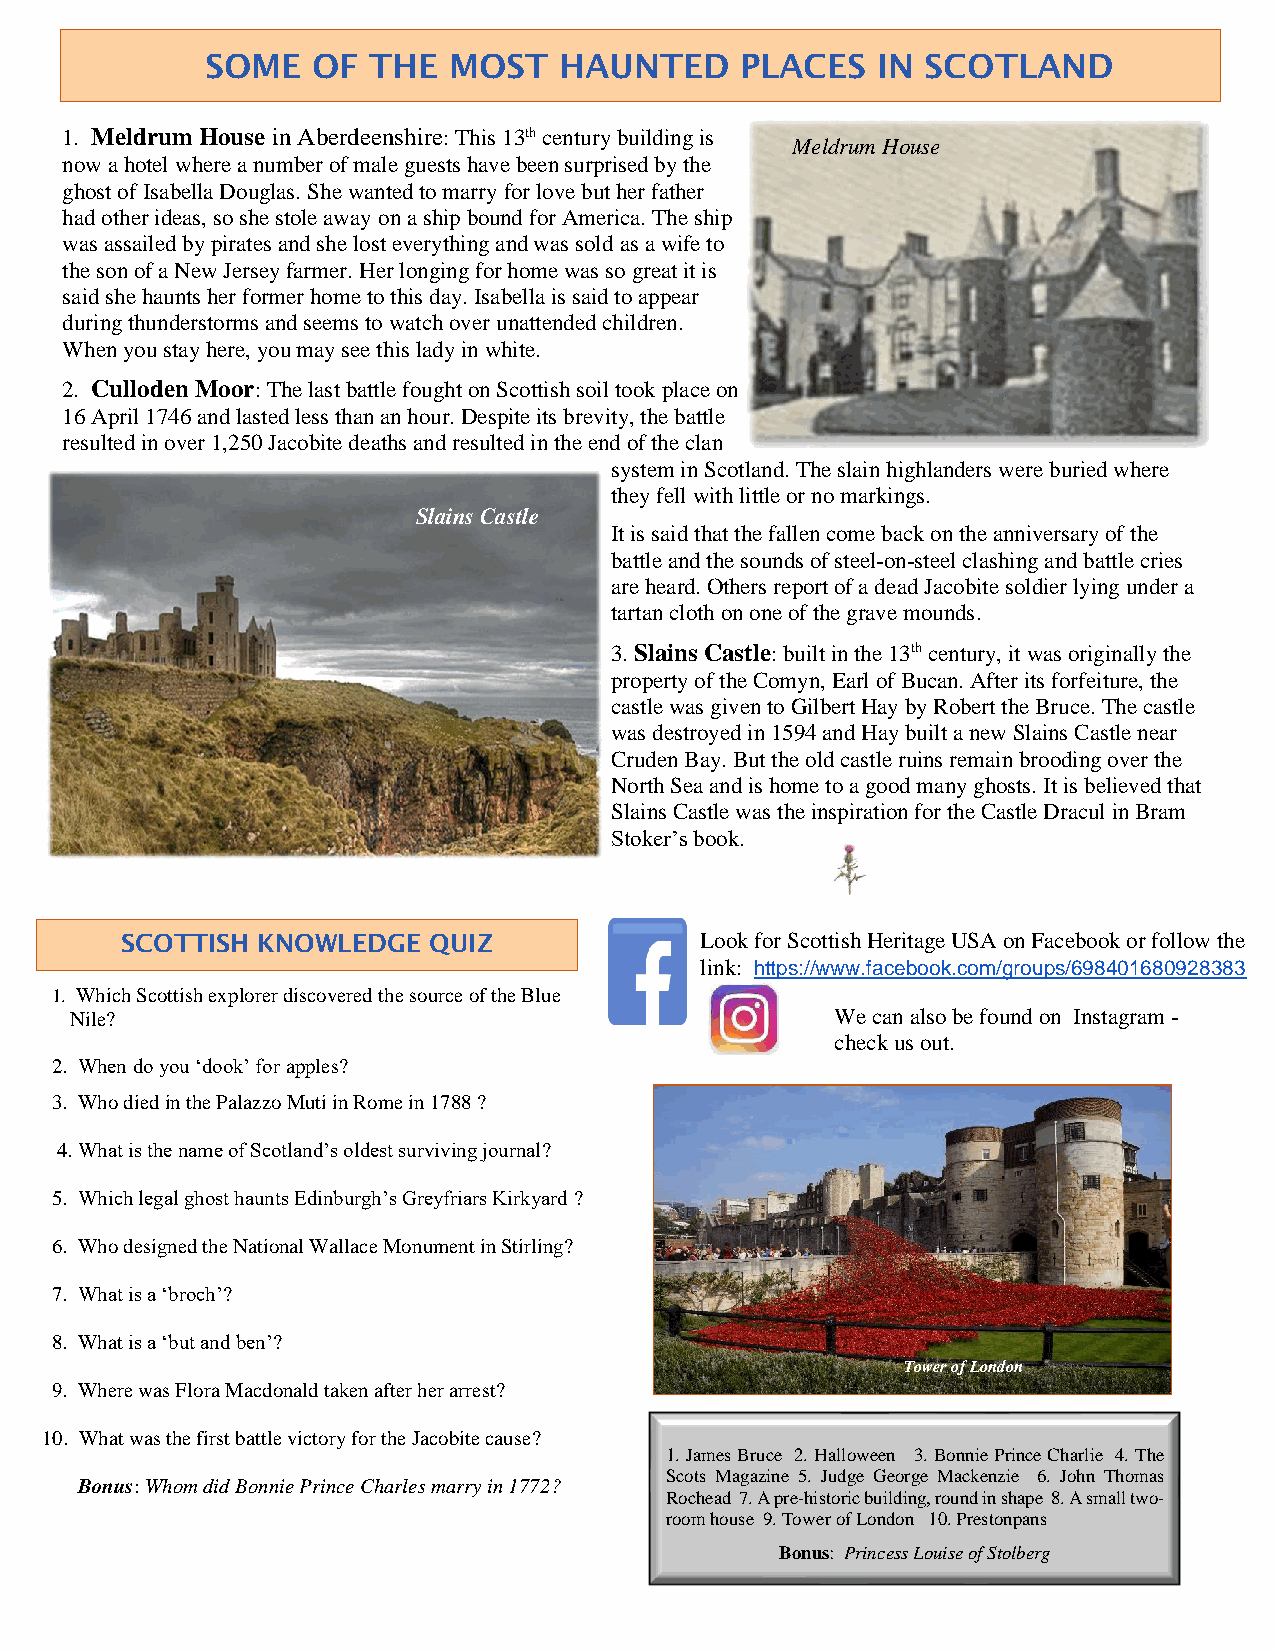
SOME   OF THE   MOST   HAUNTED     PLACES   IN SCOTLAND
 1. Meldrum House in Aberdeenshire: This 13th century building is
 Meldrum House
 now a hotel where a number of male guests have been surprised by the
 ghost of Isabella Douglas. She wanted to marry for love but her father
 had other ideas, so she stole away on a ship bound for America. The ship
 was assailed by pirates and she lost everything and was sold as a wife to
 the son of a New Jersey farmer. Her longing for home was so great it is
 said she haunts her former home to this day. Isabella is said to appear
 during thunderstorms and seems to watch over unattended children.
 When you stay here, you may see this lady in white.
 2. Culloden Moor: The last battle fought on Scottish soil took place on
 16 April 1746 and lasted less than an hour. Despite its brevity, the battle
 resulted in over 1,250 Jacobite deaths and resulted in the end of the clan
 system in Scotland. The slain highlanders were buried where
 they fell with little or no markings.
 Slains Castle
 It is said that the fallen come back on the anniversary of the
 battle and the sounds of steel-on-steel clashing and battle cries
 are heard. Others report of a dead Jacobite soldier lying under a
 tartan cloth on one of the grave mounds.
 3. Slains Castle: built in the 13th century, it was originally the
 property of the Comyn, Earl of Bucan. After its forfeiture, the
 castle was given to Gilbert Hay by Robert the Bruce. The castle
 was destroyed in 1594 and Hay built a new Slains Castle near
 Cruden Bay. But the old castle ruins remain brooding over the
 North Sea and is home to a good many ghosts. It is believed that
 Slains Castle was the inspiration for the Castle Dracul in Bram
 Stoker’s book.
 SCOTTISH KNOWLEDGE  QUIZ              Look for Scottish Heritage USA on Facebook or follow the
 link: https://www.facebook.com/groups/698401680928383
 1. Which Scottish explorer discovered the source of the Blue
 Nile?                                             We can also be found on Instagram -
 1.                                                    check us out.
 2. 2. When do you ‘dook’ for apples?
 3. 3. Who died in the Palazzo Muti in Rome in 1788 ?
 4. 4. What is the name of Scotland’s oldest surviving journal?
 5. Which legal ghost haunts Edinburgh’s Greyfriars Kirkyard ?
 5.
 6. 6. Who designed the National Wallace Monument in Stirling?
 7.
 8. 7. What is a ‘broch’?
 9.
 8. What is a ‘but and ben’?
 Tower of London
 9. Where was Flora Macdonald taken after her arrest?
 10. What was the first battle victory for the Jacobite cause?
 1. James Bruce 2. Halloween 3. Bonnie Prince Charlie 4. The
 Scots Magazine 5. Judge George Mackenzie 6. John Thomas
 Bonus: Whom did Bonnie Prince Charles marry in 1772?
 Rochead 7. A pre-historic building, round in shape 8. A small two-
 room house 9. Tower of London 10. Prestonpans
 Bonus: Princess Louise of Stolberg